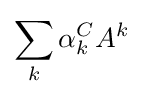
\sum _{k}\alpha _{k}^{C}A^{k}